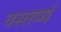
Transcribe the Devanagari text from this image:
वस्तव्यं